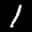
Label: 1